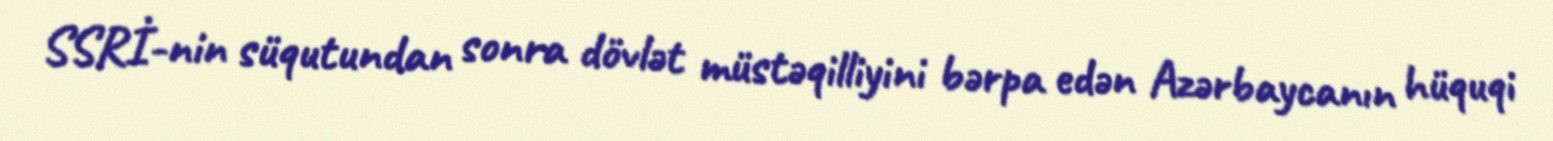
SSRİ-nin süqutundan sonra dövlət müstəqilliyini bərpa edən Azərbaycanın hüquqi